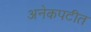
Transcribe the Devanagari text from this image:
अनेकपटीत